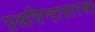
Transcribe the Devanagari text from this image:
प्रश्नचिन्हासारखा